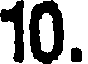
10.